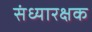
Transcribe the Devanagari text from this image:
संध्यारक्षक